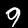
Digit: 9